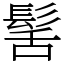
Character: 髺